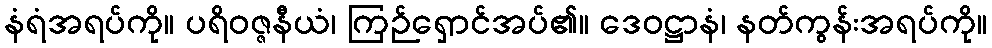
နံရံအရပ်ကို။ ပရိဝဇ္ဇနီယံ၊ ကြဉ်ရှောင်အပ်၏။ ဒေဝဋ္ဌာနံ၊ နတ်ကွန်းအရပ်ကို။